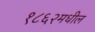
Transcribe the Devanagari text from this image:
१८६२मधील